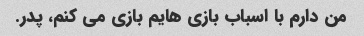
من دارم با اسباب بازی هایم بازی می کنم، پدر.